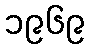
၁၉၆၉